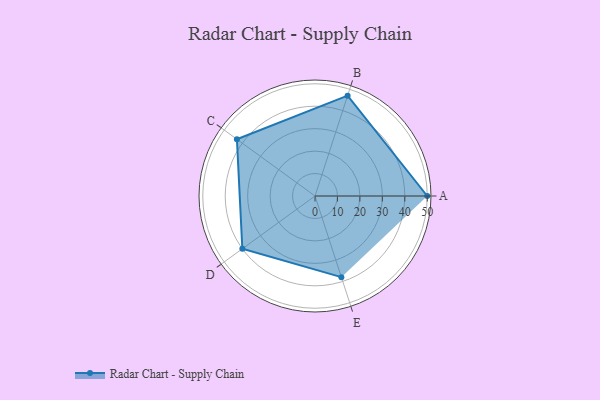
{"axis": {"x": "Skill", "y": "Score"}, "legend": ["Profile"], "data": [{"x": "A", "y": 50.0, "type": "Profile"}, {"x": "B", "y": 47.0, "type": "Profile"}, {"x": "C", "y": 43.0, "type": "Profile"}, {"x": "D", "y": 40.0, "type": "Profile"}, {"x": "E", "y": 38.0, "type": "Profile"}]}